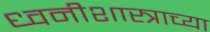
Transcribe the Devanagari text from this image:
ध्वनीशास्त्राच्या